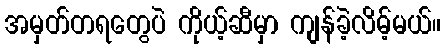
အမှတ်တရတွေပဲ ကိုယ့်ဆီမှာ ကျန်ခဲ့လိမ့်မယ်။